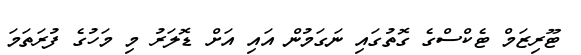
ޓޫރިޒަމް ޓެކްސްގެ ގޮތުގައި ނަގަމުން އައި އަށް ޑޮލަރު މި މަހުގެ ފުރަތަމަ